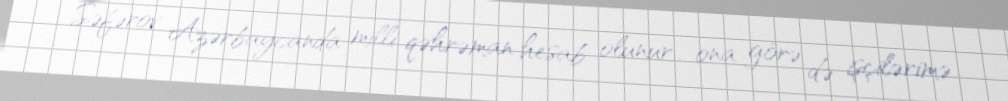
Səfərov Azərbaycanda milli qəhrəman hesab olunur... ona görə də işçilərimə